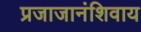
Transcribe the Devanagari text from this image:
प्रजाजानंशिवाय